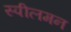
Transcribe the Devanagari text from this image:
स्पीलमन